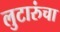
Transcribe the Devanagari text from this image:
लुटारुंचा